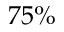
7 5 \%